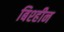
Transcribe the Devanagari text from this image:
बिश्हीन